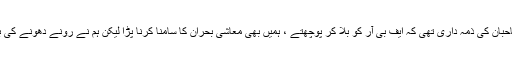
اسحاق ڈار نے کہا کہ عدلیہ میں اچھے لوگ بھی ہیں ، جج حاحبان کی ذمہ داری تھی کہ ایف بی آر کو بلا کر پوچھتے ، ہمیں بھی معاشی بحران کا سامنا کرنا پڑا لیکن ہم نے رونے دھونے کی بجائے کام کر کے دکھایا اور کوئی چیخ و پکار نہیں کی ہے۔